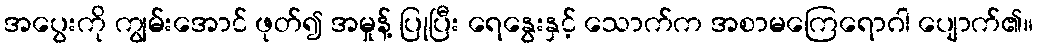
အပွေးကို ကျွမ်းအောင် ဖုတ်၍ အမှုန့် ပြုပြီး ရေနွေးနှင့် သောက်က အစာမကြေရောဂါ ပျောက်၏။